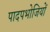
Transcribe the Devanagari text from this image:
पादपभोजियों